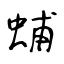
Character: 蜅